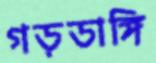
গড়ডাঙ্গি